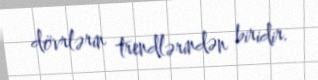
dövrlərin trendlərindən biridir.